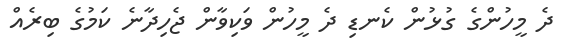
ދެ މީހުންގެ ގުޅުން ކެނޑި ދެ މީހުން ވަކިވާން ޖެހިދާނެ ކަމުގެ ބިރެއް